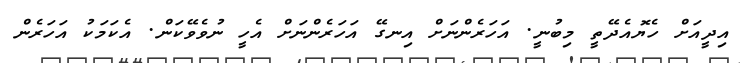
އިދީއަށް ހެޔޮއެދޭތީ މިބުނީ. އަހަރެންނަށް އިނގޭ އަހަރެންނަށް އެހީ ނުވެވޭކަން. އެކަމަކު އަހަރެން